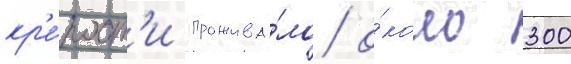
кр'е́пост'и прожива́ло о́коло 300